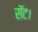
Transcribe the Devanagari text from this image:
सॅट।